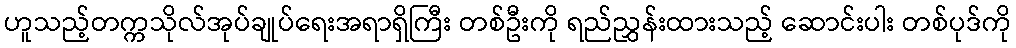
ဟူသည့်တက္ကသိုလ်အုပ်ချုပ်ရေးအရာရှိကြီး တစ်ဦးကို ရည်ညွှန်းထားသည့် ဆောင်းပါး တစ်ပုဒ်ကို